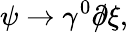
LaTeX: \psi\rightarrow\gamma^{0}\partial\! \! \! /\xi,